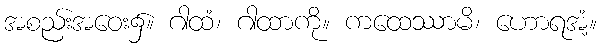
အစည်းအဝေး၌။ ဂါထံ၊ ဂါထာကို။ ကထေဿာမိ၊ ဟောရအံ့။